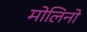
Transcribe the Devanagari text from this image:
मोलिनो